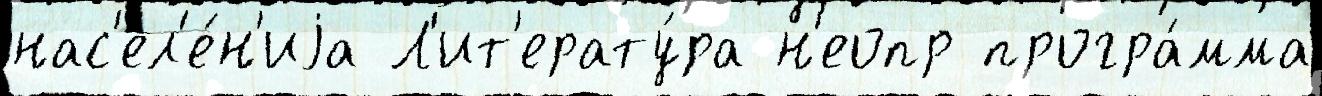
нас'ел'е́н'иjа Л'ит'ерату́ра н'еопр програ́мма